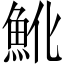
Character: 魤